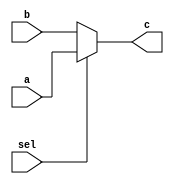
`timescale 1ns / 1ps
//////////////////////////////////////////////////////////////////////////////////
// Company: 
// Engineer: 
// 
// Design Name: 
// Module Name:    mux2222 
// Project Name: 
// Target Devices: 
// Tool versions: 
// Description: 
//
// Dependencies: 
//
// Revision: 
// Revision 0.01 - File Created
// Additional Comments: 
//
//////////////////////////////////////////////////////////////////////////////////
module mux2222(
	 input [31:0] a,
    input [31:0] b,
    input sel,
    output [31:0] c
    );
	 assign c = (sel)?a:b;
    


endmodule